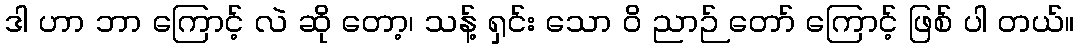
ဒါ ဟာ ဘာ ကြောင့် လဲ ဆို တော့၊ သန့် ရှင်း သော ဝိ ညာဉ် တော် ကြောင့် ဖြစ် ပါ တယ်။